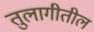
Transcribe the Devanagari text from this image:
तुलागीतील